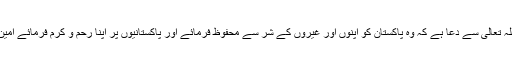
اللہ تعالی سے دعا ہے کہ وہ پاکستان کو اپنوں اور غیروں کے شر سے محفوظ فرمائے اور پاکستانیوں پر اپنا رحم و کرم فرمائے آمین۔